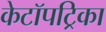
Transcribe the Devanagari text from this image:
केटॉपट्रिका